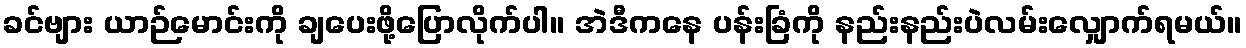
ခင်ဗျား ယာဉ်မောင်းကို ချပေးဖို့ပြောလိုက်ပါ။ အဲဒီကနေ ပန်းခြံကို နည်းနည်းပဲလမ်းလျှောက်ရမယ်။